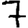
Digit: 7